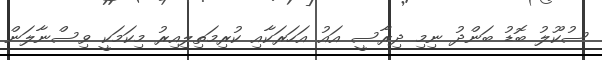
ސުކޫލު ބޮޑު ބަންދު ނިމި ދިރާސީ އައު އަހަރަކާއި ކުރިމަތިލިއިރު މިކަމަކީ ވިސްނާލަން